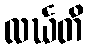
လင်္ဃတိ